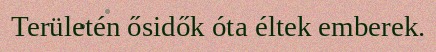
Területén ősidők óta éltek emberek.